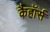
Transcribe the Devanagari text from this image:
कैहॉर्स